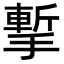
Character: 㨻